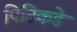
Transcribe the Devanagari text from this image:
पिढिकडे